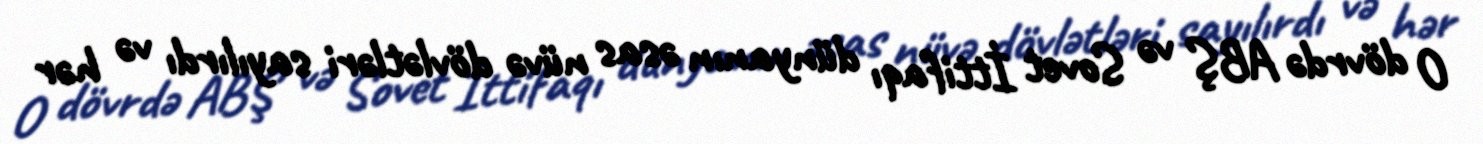
O dövrdə ABŞ və Sovet İttifaqı dünyanın əsas nüvə dövlətləri sayılırdı və hər